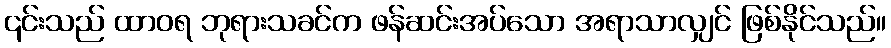
၎င်းသည် ထာဝရ ဘုရားသခင်က ဖန်ဆင်းအပ်သော အရာသာလျှင် ဖြစ်နိုင်သည်။